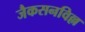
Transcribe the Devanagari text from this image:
जैकसनविल्ल